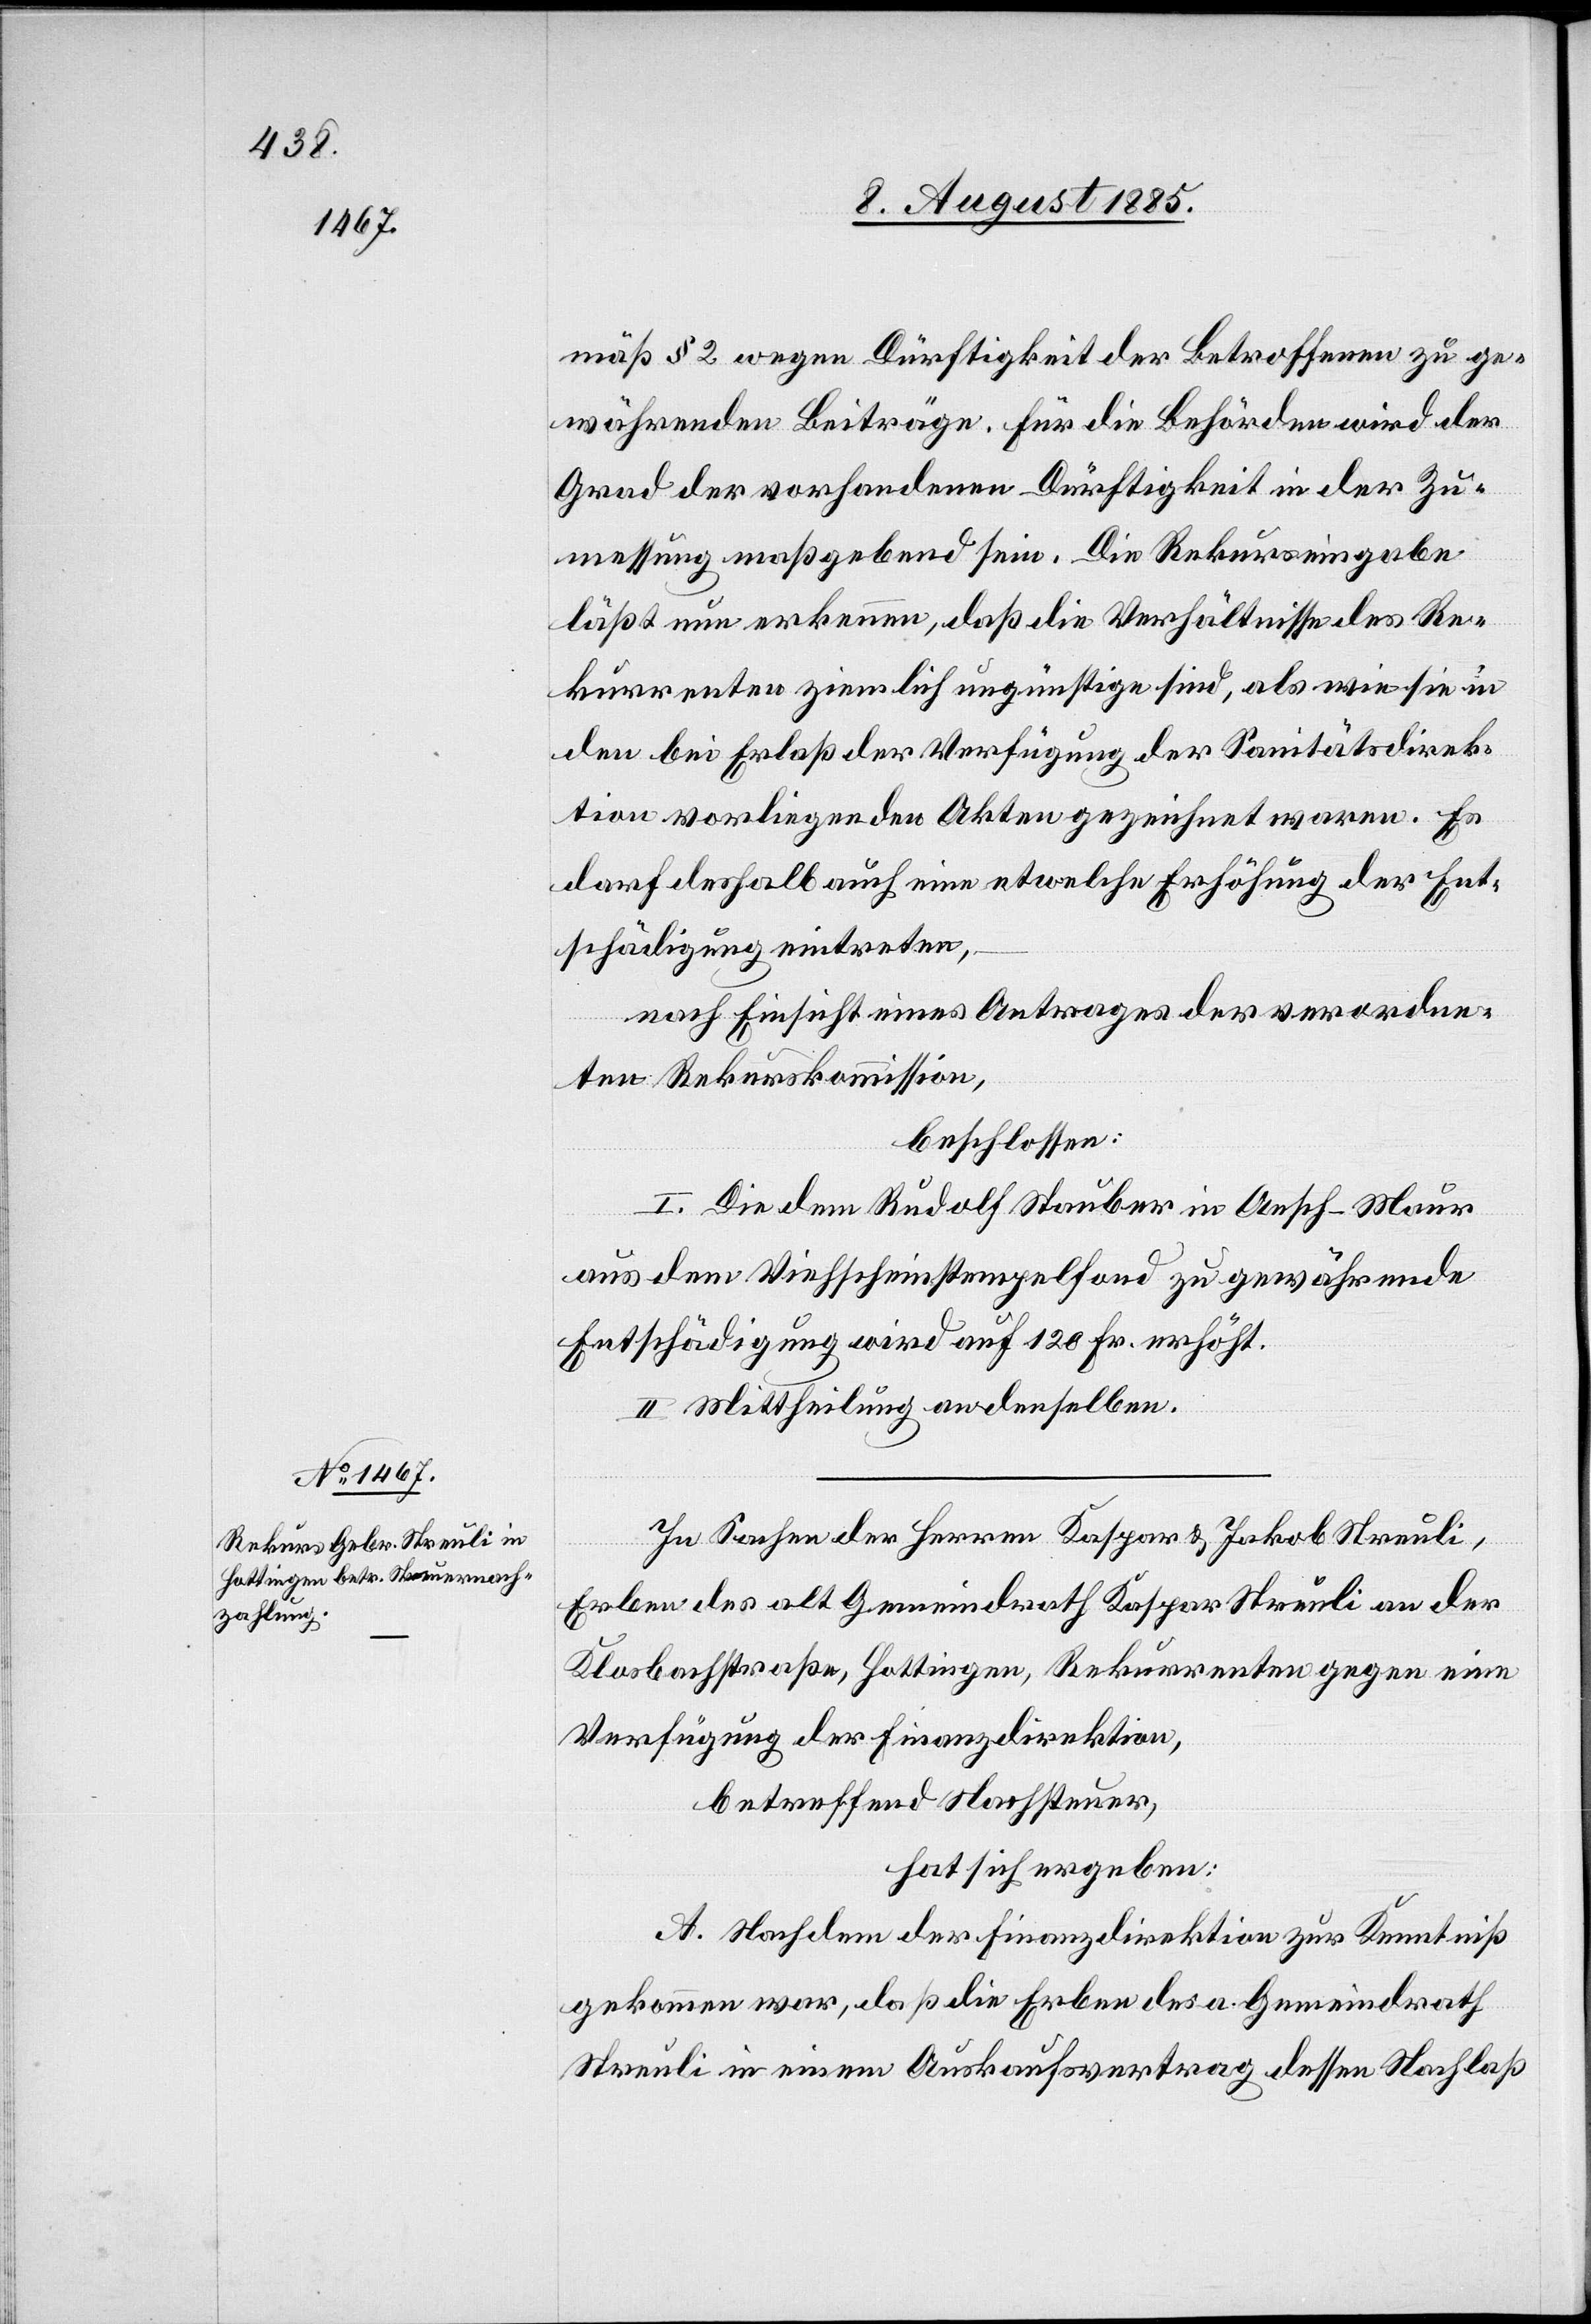
mäß § 2 wegen Dürftigkeit der Betroffenen zu ge¬
währenden Beiträge. Für die Behörden wird der
Grad der vorhandenen Dürftigkeit in der Zu¬
messung maßgebend sein. Die Rekurseingabe
läßt nun erkennen, daß die Verhältnisse des Re¬
kurrenten ziemlich ungünstige sind, als wie sie in
den bei Erlaß der Verfügung der Sanitätsdirek¬
tion vorliegenden Akten gezeichnet waren. Es
darf deshalb auch eine etwelche Erhöhung der Ent¬
schädigung eintreten,
nach Einsicht eines Antrages der verordne¬
ten Rekurskommission,
beschlossen:
I. Die dem Rudolf Stauber in Aesch - Maur
aus dem Viehscheinstempelfond zu gewährende
Entschädigung wird auf 120 Fr. erhöht.
II. Mittheilung an denselben.
In Sachen der Herren Kaspar & Jakob Streuli,
Erben des alt Gemeindrath Kaspar Streuli an der
Klosbachstraße Hottingen, Rekurrenten gegen eine
Verfügung der Finanzdirektion,
betreffend Nachsteuer,
hat sich ergeben:
A. Nachdem der Finanzdirektion zur Kenntniß
gekommen war, daß die Erben des a. Gemeindrath
Streuli in einem Auskaufsvertrag dessen Nachlaß